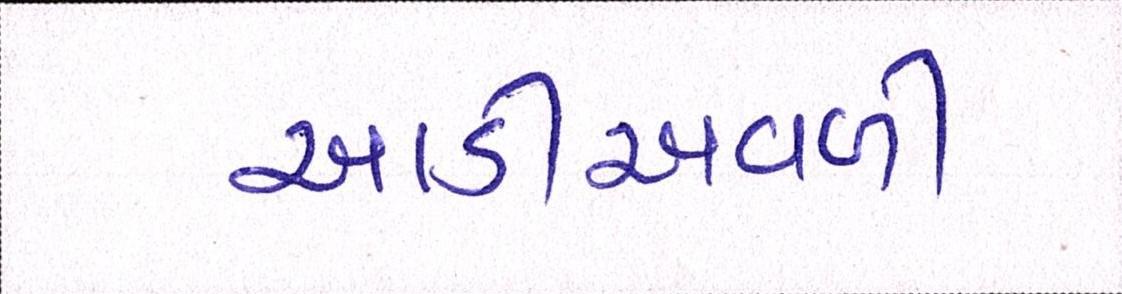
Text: આડીઅવળી